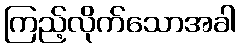
ကြည့်လိုက်သောအခါ